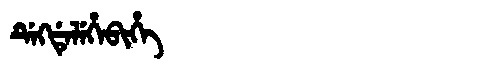
Manchu: ᡩᡝᡴᡩᡝᠯᡝᡥᡝᠪᡳᡥᡝ
Romanization: DEKDELEHEBIHE